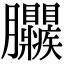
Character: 𦣜